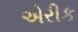
એરીક